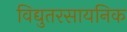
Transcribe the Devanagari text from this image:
विद्युतरसायनिक